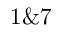
1 \& 7